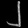
Digit: ၂